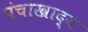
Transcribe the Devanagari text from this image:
पंचाखाद्य